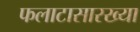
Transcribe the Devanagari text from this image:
फलाटासारख्या